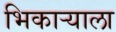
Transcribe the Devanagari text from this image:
भिकाऱ्याला